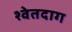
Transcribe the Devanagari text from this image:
श्वेतदाग